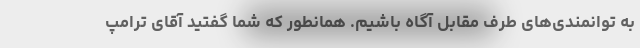
به توانمندی‌های طرف مقابل آگاه باشیم. همانطور که شما گفتید آقای ترامپ